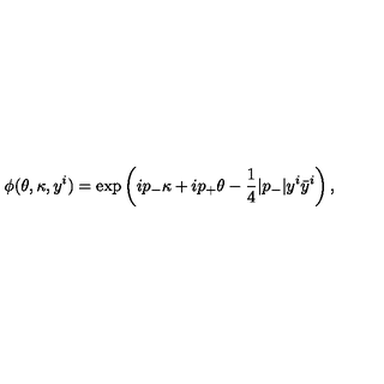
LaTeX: \phi ( \theta , \kappa , y ^ { i } ) = \exp \left( i p _ { - } \kappa + i p _ { + } \theta - \frac { 1 } { 4 } | p _ { - } | y ^ { i } \bar { y } ^ { i } \right) ,